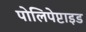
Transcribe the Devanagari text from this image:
पोलिपेप्टाइड